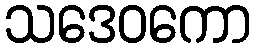
သဒေဝကော